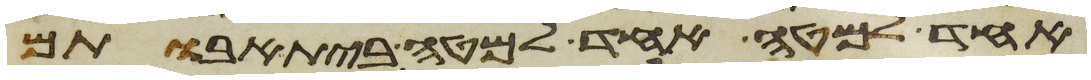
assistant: אחד למטה אחד למטה בית אבותם